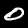
Digit: 0